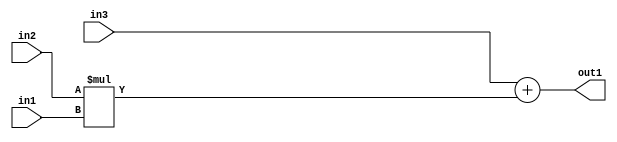
`timescale 1ps / 1ps
/*****************************************************************************
    Verilog RTL Description
    
    
    Created by: Stratus DpOpt 2019.1.01 
*******************************************************************************/

module st_feature_addr_gen_Add2Mul2u8u16u16_4 (
	in3,
	in2,
	in1,
	out1
	); /* architecture "behavioural" */ 
input [15:0] in3,
	in2;
input [7:0] in1;
output [15:0] out1;
wire [15:0] asc001;

wire [15:0] asc001_tmp_0;
assign asc001_tmp_0 = 
	+(in3);
assign asc001 = asc001_tmp_0
	+(in2 * in1);

assign out1 = asc001;
endmodule

/* CADENCE  uLHwTAg= : u9/ySgnWtBlWxVPRXgAZ4Og= ** DO NOT EDIT THIS LINE ******/